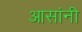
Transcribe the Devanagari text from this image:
आसांनी